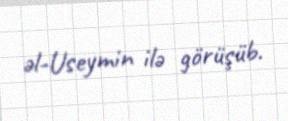
əl-Useymin ilə görüşüb.